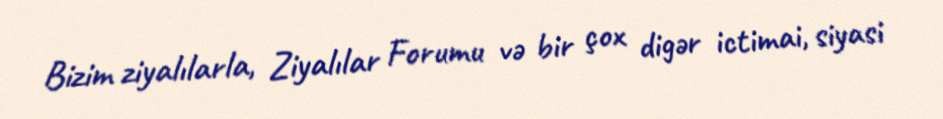
Bizim ziyalılarla, Ziyalılar Forumu və bir çox digər ictimai, siyasi